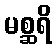
မစ္ဆရိ